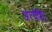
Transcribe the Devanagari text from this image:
अंत्येष्टि।